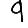
Digit: 9